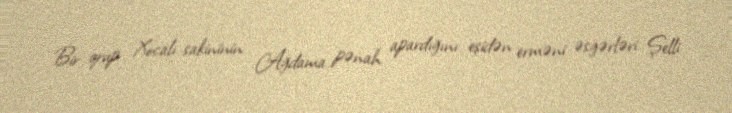
Bir qrup Xocalı sakininin Ağdama pənah apardığını eşidən erməni əsgərləri Şelli